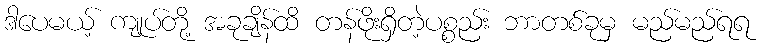
ဒါပေမယ့် ကျုပ်တို့ အခုချိန်ထိ တန်ဖိုးရှိတဲ့ပစ္စည်း ဘာတစ်ခုမှ မည်မည်ရရ